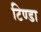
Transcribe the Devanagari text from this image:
टिण्डा